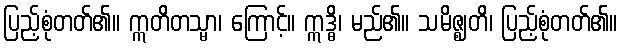
ပြည့်စုံတတ်၏။ ဣတိတသ္မာ၊ ကြောင့်။ ဣဒ္ဓိ၊ မည်၏။ သမိဇ္ဈတိ၊ ပြည့်စုံတတ်၏။